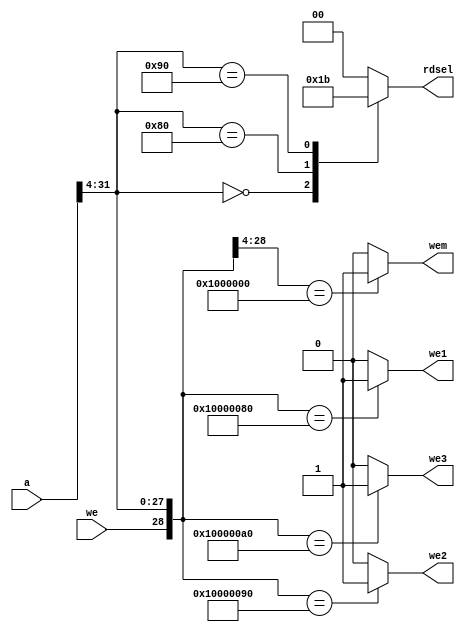
module decoder
(
    input we, 
    input [31:0] a, 
    output reg wem, we1, we2, we3, 
    output reg [1:0] rdsel
);
    
    always @ (we, a)
    begin
        casex ({we, a})
            33'h1_0000_00xx: begin wem = 1; we1 = 0; we2 = 0; we3 = 0; end
            33'h1_0000_080x: begin wem = 0; we1 = 1; we2 = 0; we3 = 0; end
            33'h1_0000_090x: begin wem = 0; we1 = 0; we2 = 1; we3 = 0; end
            33'h1_0000_0A0x: begin wem = 0; we1 = 0; we2 = 0; we3 = 1; end
            default: begin wem = 0; we1 = 0; we2 = 0; we3 = 0; end
        endcase
        
        casex (a)
            32'h0000_000x: begin rdsel = 1; end
            32'h0000_080x: begin rdsel = 2; end
            32'h0000_090x: begin rdsel = 3; end
            33'h0000_0A0x: begin rdsel = 0; end
            default: begin rdsel = 0; end
        endcase
    end

endmodule